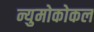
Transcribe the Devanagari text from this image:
न्युमोकोकल